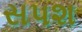
સપશ